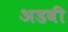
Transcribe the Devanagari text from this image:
अडवी